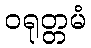
ဝရုတ္တမံ